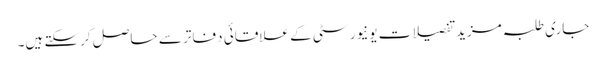
جاری طلبہ مزید تفصیلات یونیورسٹی کے علاقائی دفاتر سے حاصل کرسکتے ہیں۔